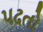
પઢતો